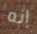
إنه